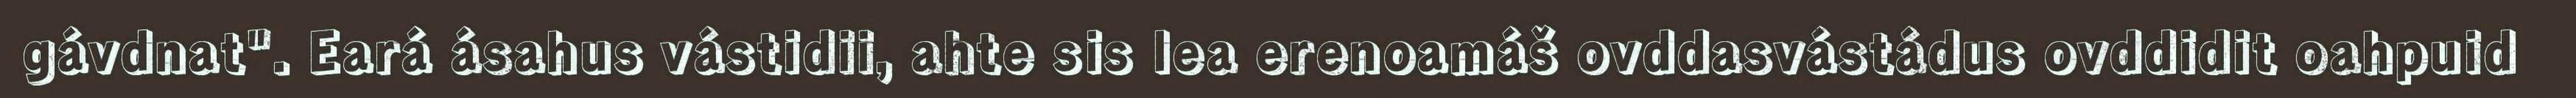
gávdnat". Eará ásahus vástidii, ahte sis lea erenoamáš ovddasvástádus ovddidit oahpuid